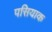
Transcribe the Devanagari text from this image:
पसियाक